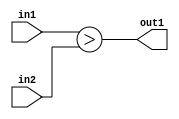
`timescale 1ps / 1ps
/*****************************************************************************
    Verilog RTL Description
    
    
    Created by: Stratus DpOpt 2019.1.01 
*******************************************************************************/

module GauFilter_LessThan_2Ux2U_1U_1 (
	in2,
	in1,
	out1
	); /* architecture "behavioural" */ 
input [1:0] in2,
	in1;
output  out1;
wire  asc001;

assign asc001 = (in1>in2);

assign out1 = asc001;
endmodule

/* CADENCE  urfwTAk= : u9/ySgnWtBlWxVPRXgAZ4Og= ** DO NOT EDIT THIS LINE ******/